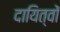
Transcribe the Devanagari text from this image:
दायित्‍वों